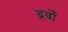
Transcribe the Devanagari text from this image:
द्रवोँ